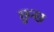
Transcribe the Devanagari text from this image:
छुन्छ